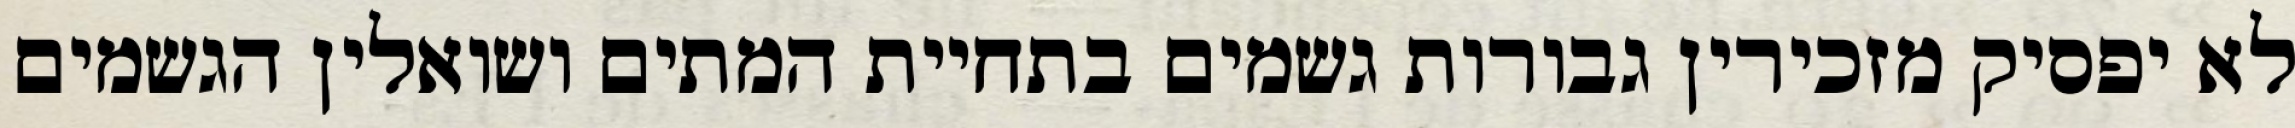
לא יפסיק מזכירין גבורות גשמים בתחיית המתים ושואלין הגשמים